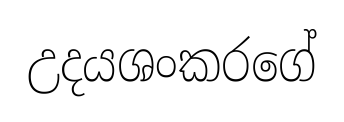
උදයශංකරගේ